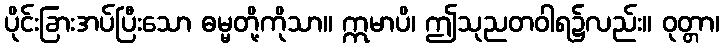
ပိုင်းခြားအပ်ပြီးသော ဓမ္မတို့ကိုသာ။ ဣမာပိ၊ ဤသုညတဝါရ၌လည်း။ ဝုတ္တာ၊